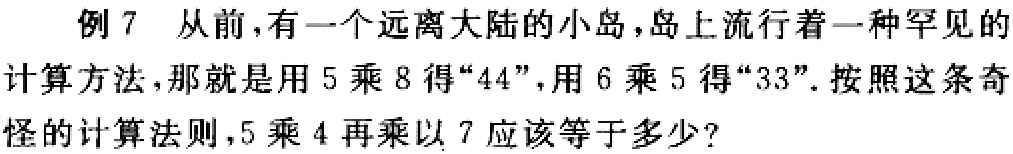
例 7 从前，有一个远离大陆的小岛，岛上流行着一种罕见的计算方法，那就是用 5 乘 8 得“44”，用 6 乘 5 得“33”。按照这条奇怪的计算法则，5 乘 4 再乘以 7 应该等于多少？